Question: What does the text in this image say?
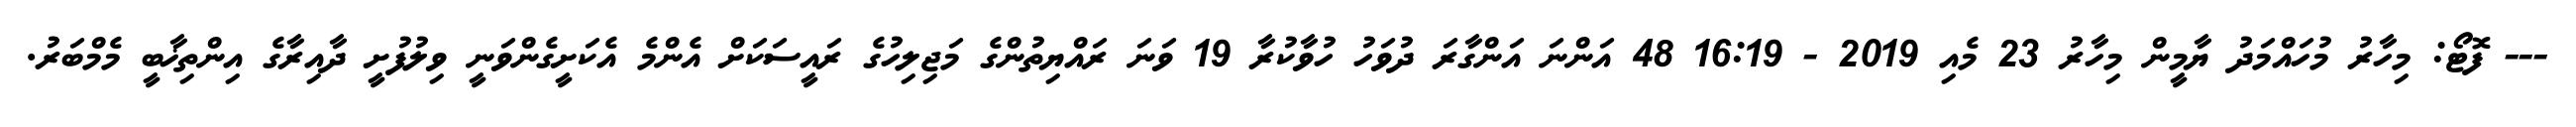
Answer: --- ފޮޓޯ: މިހާރު މުހައްމަދު ޔާމީން މިހާރު 23 މެއި 2019 - 16:19 48 އަންނަ އަންގާރަ ދުވަހު ހުވާކުރާ 19 ވަނަ ރައްޔިތުންގެ މަޖިލިހުގެ ރައީސަކަށް އެންމެ އެކަށީގެންވަނީ ވިލުފުށީ ދާއިރާގެ އިންތިޚާބީ މެމްބަރު.